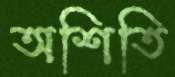
অশিতি